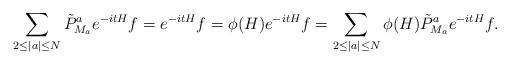
LaTeX: \begin{align*}\begin{aligned}\sum_{2\le|a|\le N}{\tilde P}^a_{M_a}e^{-itH}f=e^{-itH}f=\phi(H)e^{-itH}f=\sum_{2\le|a|\le N}\phi(H){\tilde P}^a_{M_a}e^{-itH}f.\end{aligned}\end{align*}